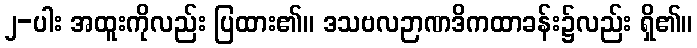
၂-ပါး အထူးကိုလည်း ပြထား၏။ ဒသဗလဉာဏဒိကထာခန်း၌လည်း ရှိ၏။